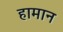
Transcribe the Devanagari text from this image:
हामान